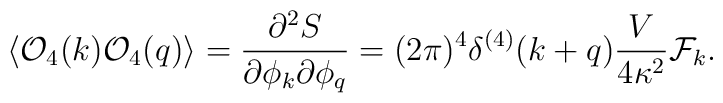
\langle {\cal O}_4(k){\cal O}_4(q)\rangle = {\partial^2S \over \partial\phi_k\partial\phi_q} = (2\pi)^4\delta^{(4)}(k+q){V \over 4\kappa^2}{\cal F}_k.